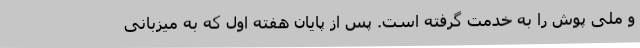
و ملی پوش را به خدمت گرفته است. پس از پایان هفته اول که به میزبانی